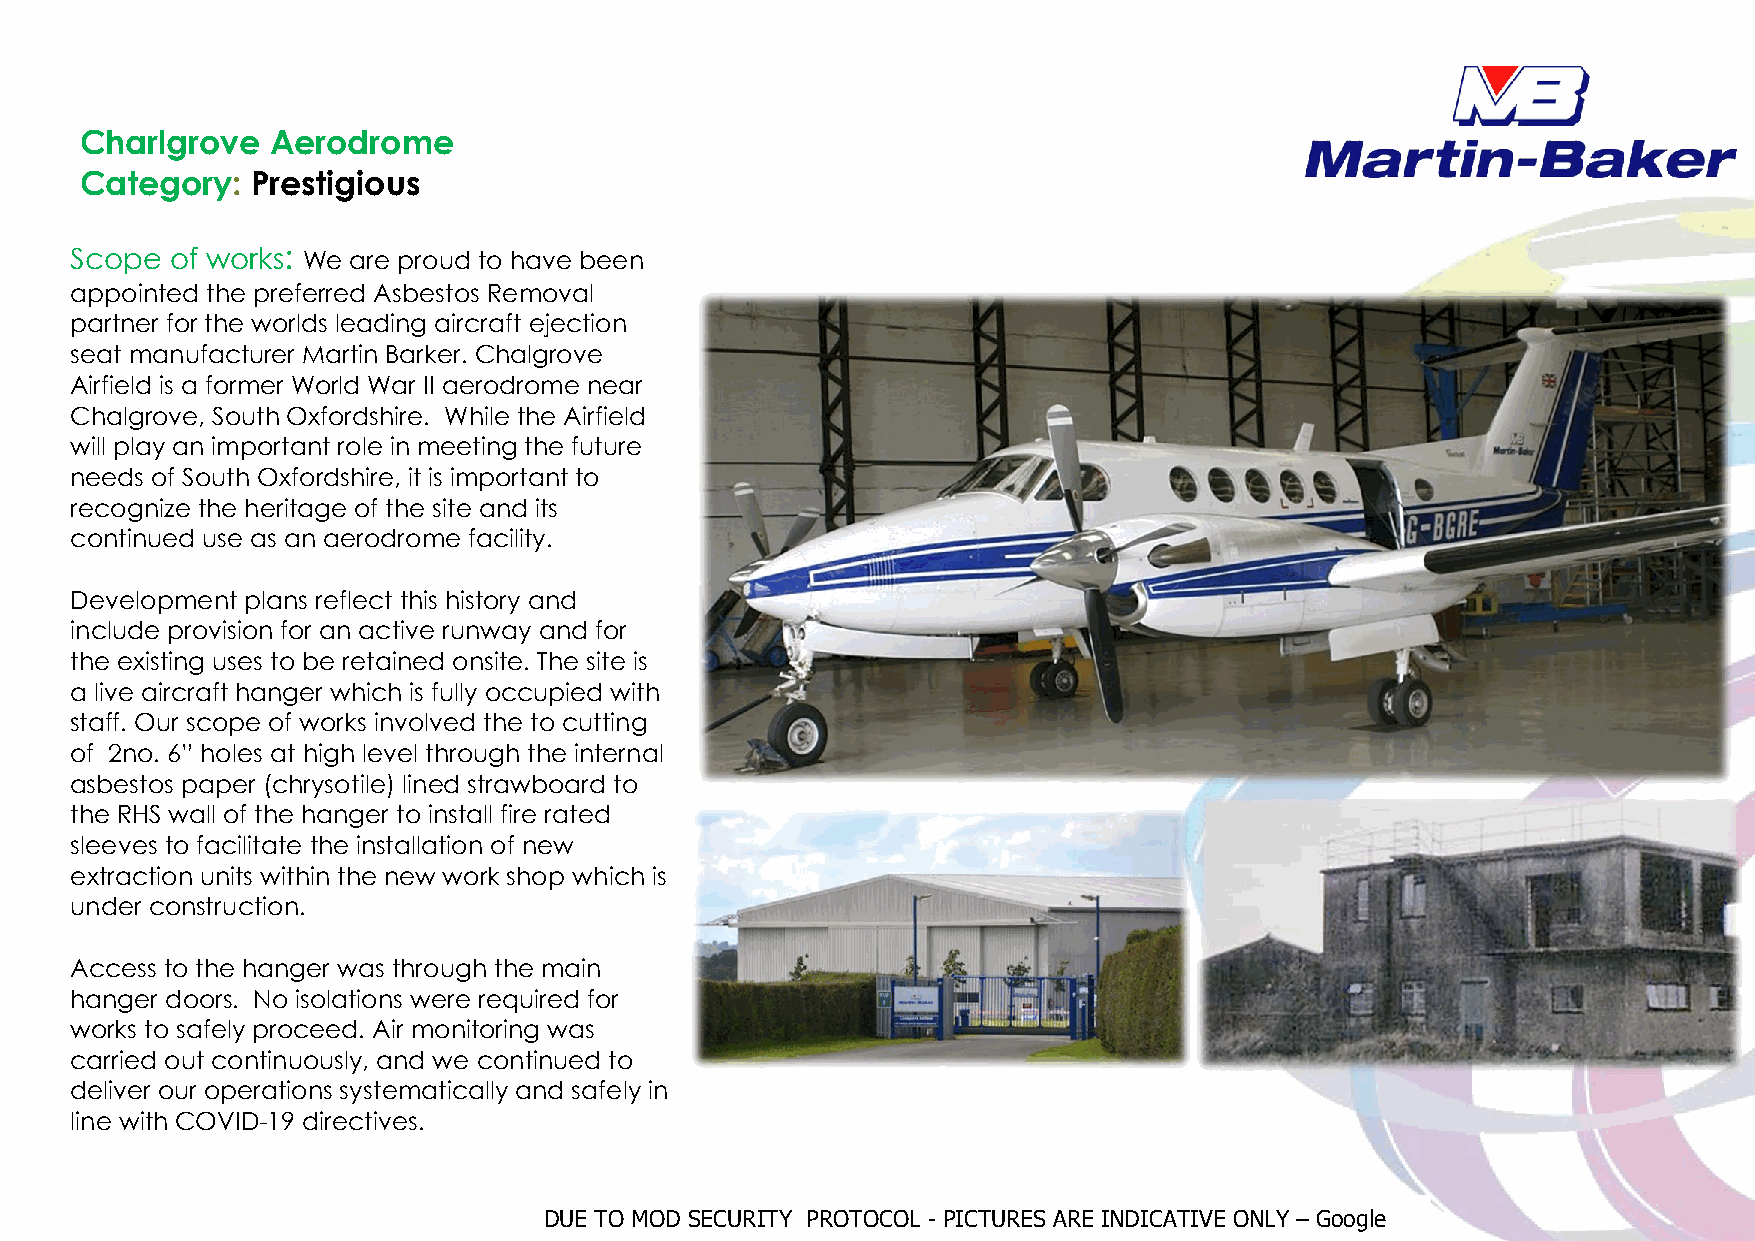
Charlgrove   Aerodrome
 Category:   Prestigious
 Scope of works: We are proud to have been
 appointed the preferred Asbestos Removal
 partner for the worlds leading aircraft ejection
 seat manufacturer Martin Barker. Chalgrove
 Airfield is a former World War II aerodrome near
 Chalgrove, South Oxfordshire. While the Airfield
 will play an important role in meeting the future
 needs of South Oxfordshire, it is important to
 recognize the heritage of the site and its
 continued use as an aerodrome facility.
 Development plans reflect this history and
 include provision for an active runway and for
 the existing uses to be retained onsite. The site is
 a live aircraft hanger which is fully occupied with
 staff. Our scope of works involved the to cutting
 of 2no. 6” holes at high level through the internal
 asbestos paper (chrysotile) lined strawboard to
 the RHS wall of the hanger to install fire rated
 sleeves to facilitate the installation of new
 extraction units within the new work shop which is
 under construction.
 Access to the hanger was through the main
 hanger doors. No isolations were required for
 works to safely proceed. Air monitoring was
 carried out continuously, and we continued to
 deliver our operations systematically and safely in
 line with COVID-19 directives.
 DUE TO MOD SECURITY PROTOCOL - PICTURES ARE INDICATIVE ONLY – Google